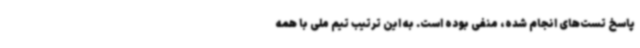
پاسخ تست‌های انجام شده، منفی بوده است. به این ترتیب تیم ملی با همه